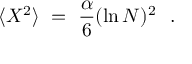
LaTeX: \langle X ^ { 2 } \rangle ~ = ~ \frac { \alpha } { 6 } ( \ln N ) ^ { 2 } ~ ~ .